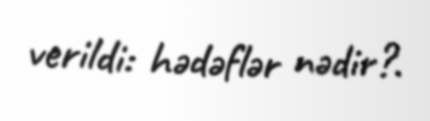
verildi: hədəflər nədir?.